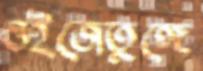
ওইজেতুঙ্গে